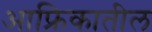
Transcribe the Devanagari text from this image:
आफ्रिकातील